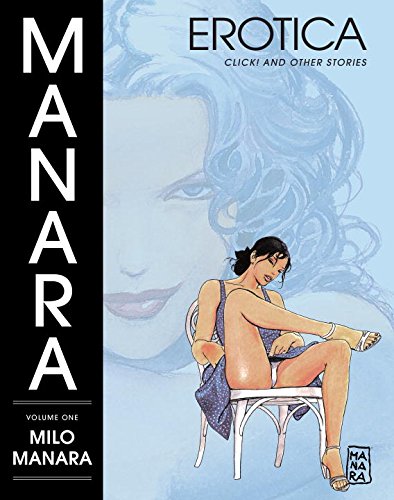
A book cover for Manara Erotica Volume 1; Milo Manara; Comics & Graphic Novels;